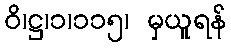
ဝိ၊ဋ္ဌ၊၁၊၁၁၅၊ မှယူရန်